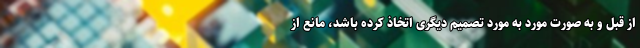
از قبل و به صورت مورد به مورد تصمیم دیگری اتخاذ کرده باشد، مانع از